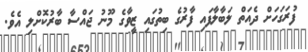
ފުރަގަހަށް ދެއަތް ލަބާލާފައި ފާރުގެ ބިތުގައި ޒީވާގެ މޫނު ޖައްސާ ބާރުކޮށްލި އެވެ.